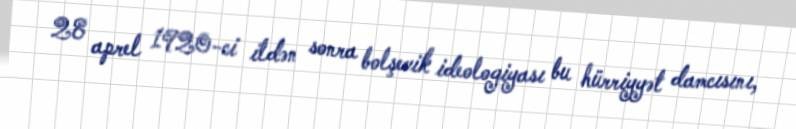
28 aprel 1920-ci ildən sonra bolşevik ideologiyası bu hürriyyət damcısını,